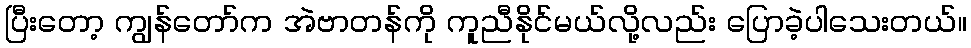
ပြီးတော့ ကျွန်တော်က အဲဗာတန်ကို ကူညီနိုင်မယ်လို့လည်း ပြောခဲ့ပါသေးတယ်။